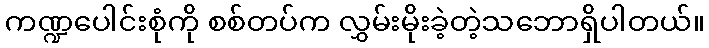
ကဏ္ဍပေါင်းစုံကို စစ်တပ်က လွှမ်းမိုးခဲ့တဲ့သဘောရှိပါတယ်။